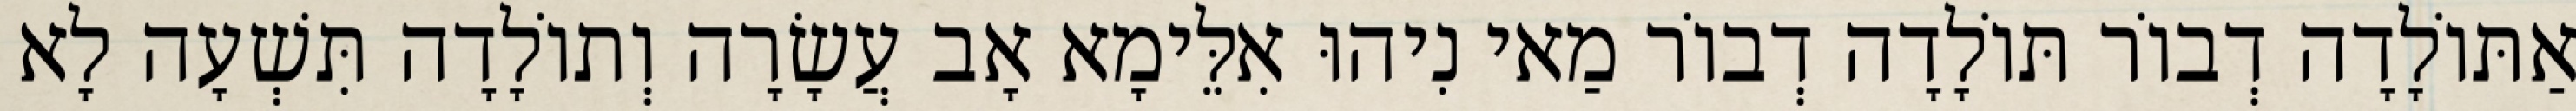
אַתּוֹלָדָה דְבוֹר תּוֹלָדָה דְבוֹר מַאי נִיהוּ אִלֵּימָא אָב עֲשָׂרָה וְתוֹלָדָה תִּשְׁעָה לָא